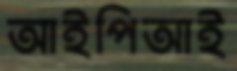
আইপিআই